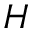
H